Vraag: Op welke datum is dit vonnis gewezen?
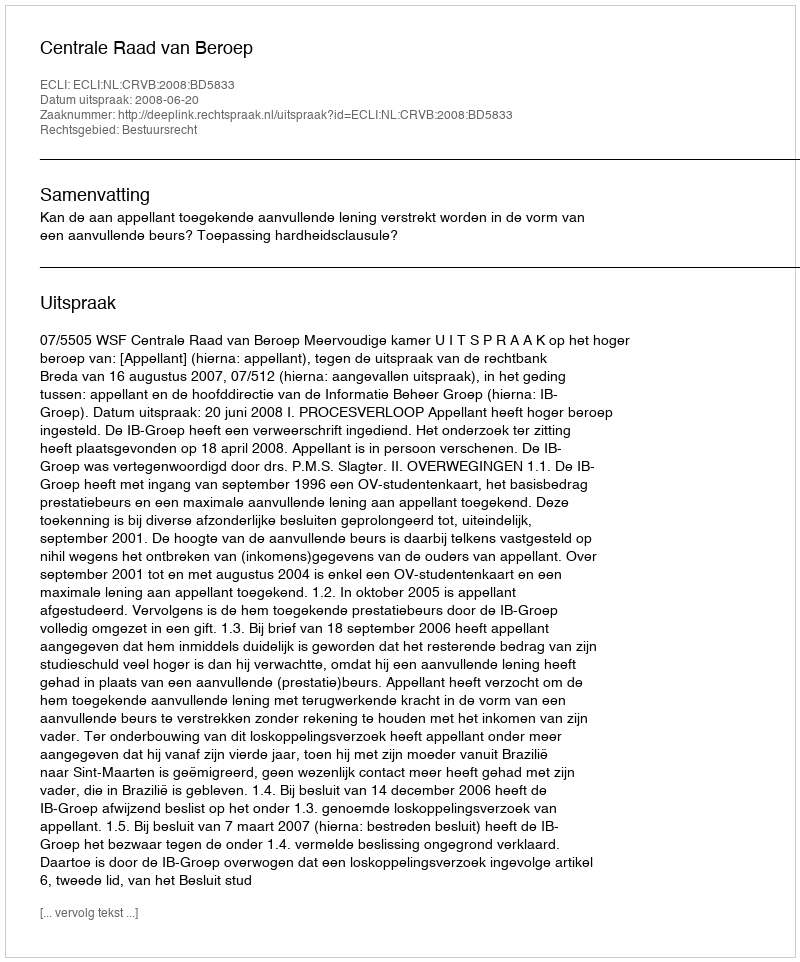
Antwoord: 2008-06-20